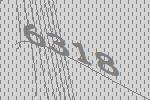
6318